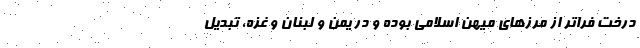
درخت فراتر از مرزهای میهن اسلامی بوده و در یمن و لبنان و غزه، تبدیل